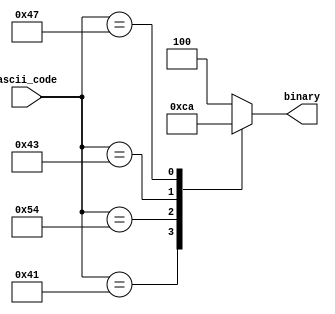
module ascii_to_binary(
    input [7:0] ascii_code,
    output reg [2:0] binary 
);

    always @(*) begin
        case (ascii_code)
            8'h41: binary = 3'b000; // 'A'
            8'h54: binary = 3'b011; // 'T'
            8'h43: binary = 3'b001; // 'C'
            8'h47: binary = 3'b010; // 'G'
            8'h4E: binary = 3'b100; // 'N'
            default: binary = 3'b100;
        endcase
    end

endmodule